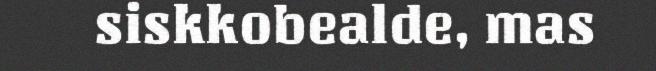
siskkobealde, mas